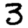
Digit: 3